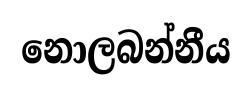
නොලබන්නීය